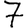
Digit: 7